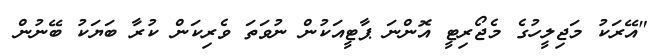
"އޭރަކު މަޖިލީހުގެ މެޖޯރިޓީ އޮންނަ ޕާޓީއަކުން ނުވަތަ ވެރިކަން ކުރާ ބަޔަކު ބޭނުން